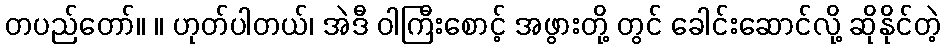
တပည်တော်။ ။ ဟုတ်ပါတယ်၊ အဲဒီ ဝါကြီးစောင့် အဖွားတို့ တွင် ခေါင်းဆောင်လို့ ဆိုနိုင်တဲ့